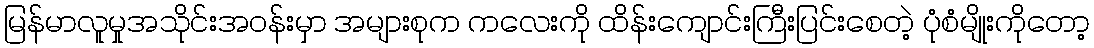
မြန်မာလူမှုအသိုင်းအဝန်းမှာ အများစုက ကလေးကို ထိန်းကျောင်းကြီးပြင်းစေတဲ့ ပုံစံမျိုးကိုတော့